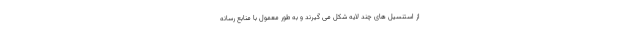
از استنسیل های چند لایه شکل می گیرند و به طور معمول با منابع رسانه